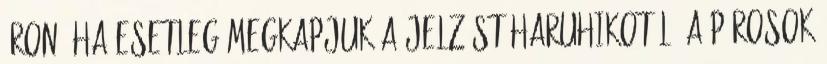
áron. Ha esetleg megkapjuk a jelzést Haruhikotól, a párosok